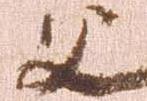
父